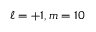
\ell = + 1 , m = 1 0